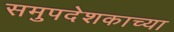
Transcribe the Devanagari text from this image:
समुपदेशकाच्या